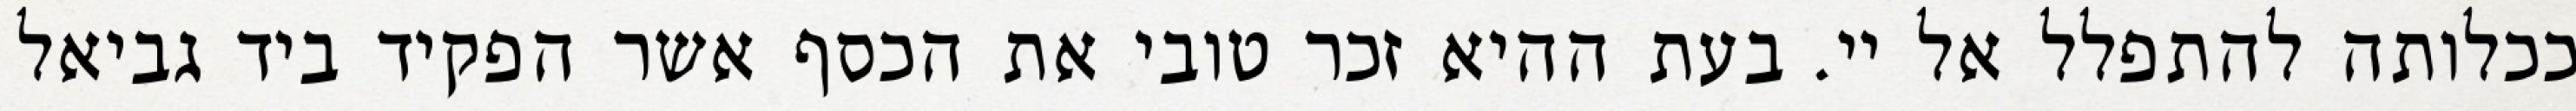
ככלותה להתפלל אל יי. בעת ההיא זכר טובי את הכסף אשר הפקיד ביד גביאל